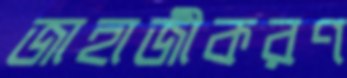
জাহাজীকরণ